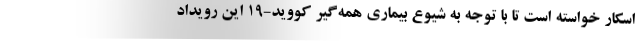
اسکار خواسته است تا با توجه به شیوع بیماری همه‌گیر کووید-19 این رویداد